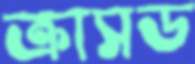
ক্রাসড